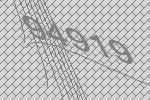
94919